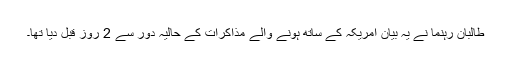
طالبان رہنما نے یہ بیان امریکہ کے ساتھ ہونے والے مذاکرات کے حالیہ دور سے 2 روز قبل دیا تھا۔